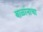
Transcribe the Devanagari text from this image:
बाळांनाचा